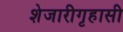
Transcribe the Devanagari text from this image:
शेजारीगृहासी